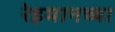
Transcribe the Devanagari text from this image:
रेहमानच्या